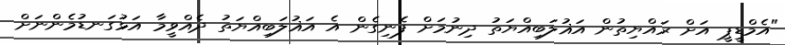
"އެމްޑީޕީ އަށް ރައްޔިތުން އަޣުލަބިއްޔަތު ދިނުމަށް ފެނިގެން އެ އަޣުލަބިއްޔަތު ދެއްވީމާ އަޅުގަނޑުމެންނަށް